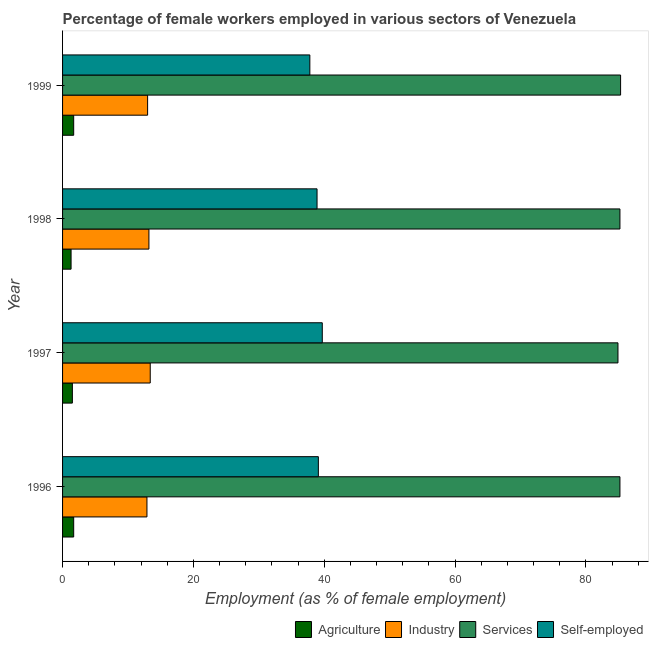
| Year | Agriculture | Industry | Services | Self-employed |
 | --- | --- | --- | --- | --- |
 | 1996 | 1.7 | 12.9 | 85.2 | 39.1 |
 | 1997 | 1.5 | 13.4 | 84.9 | 39.7 |
 | 1998 | 1.3 | 13.2 | 85.2 | 38.9 |
 | 1999 | 1.7 | 13 | 85.3 | 37.8 |